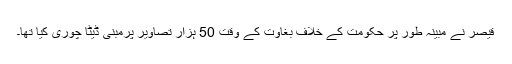
قیصر نے مبینہ طور پر حکومت کے خلاف بغاوت کے وقت 50 ہزار تصاویر پرمبنی ڈیٹا چوری کیا تھا۔